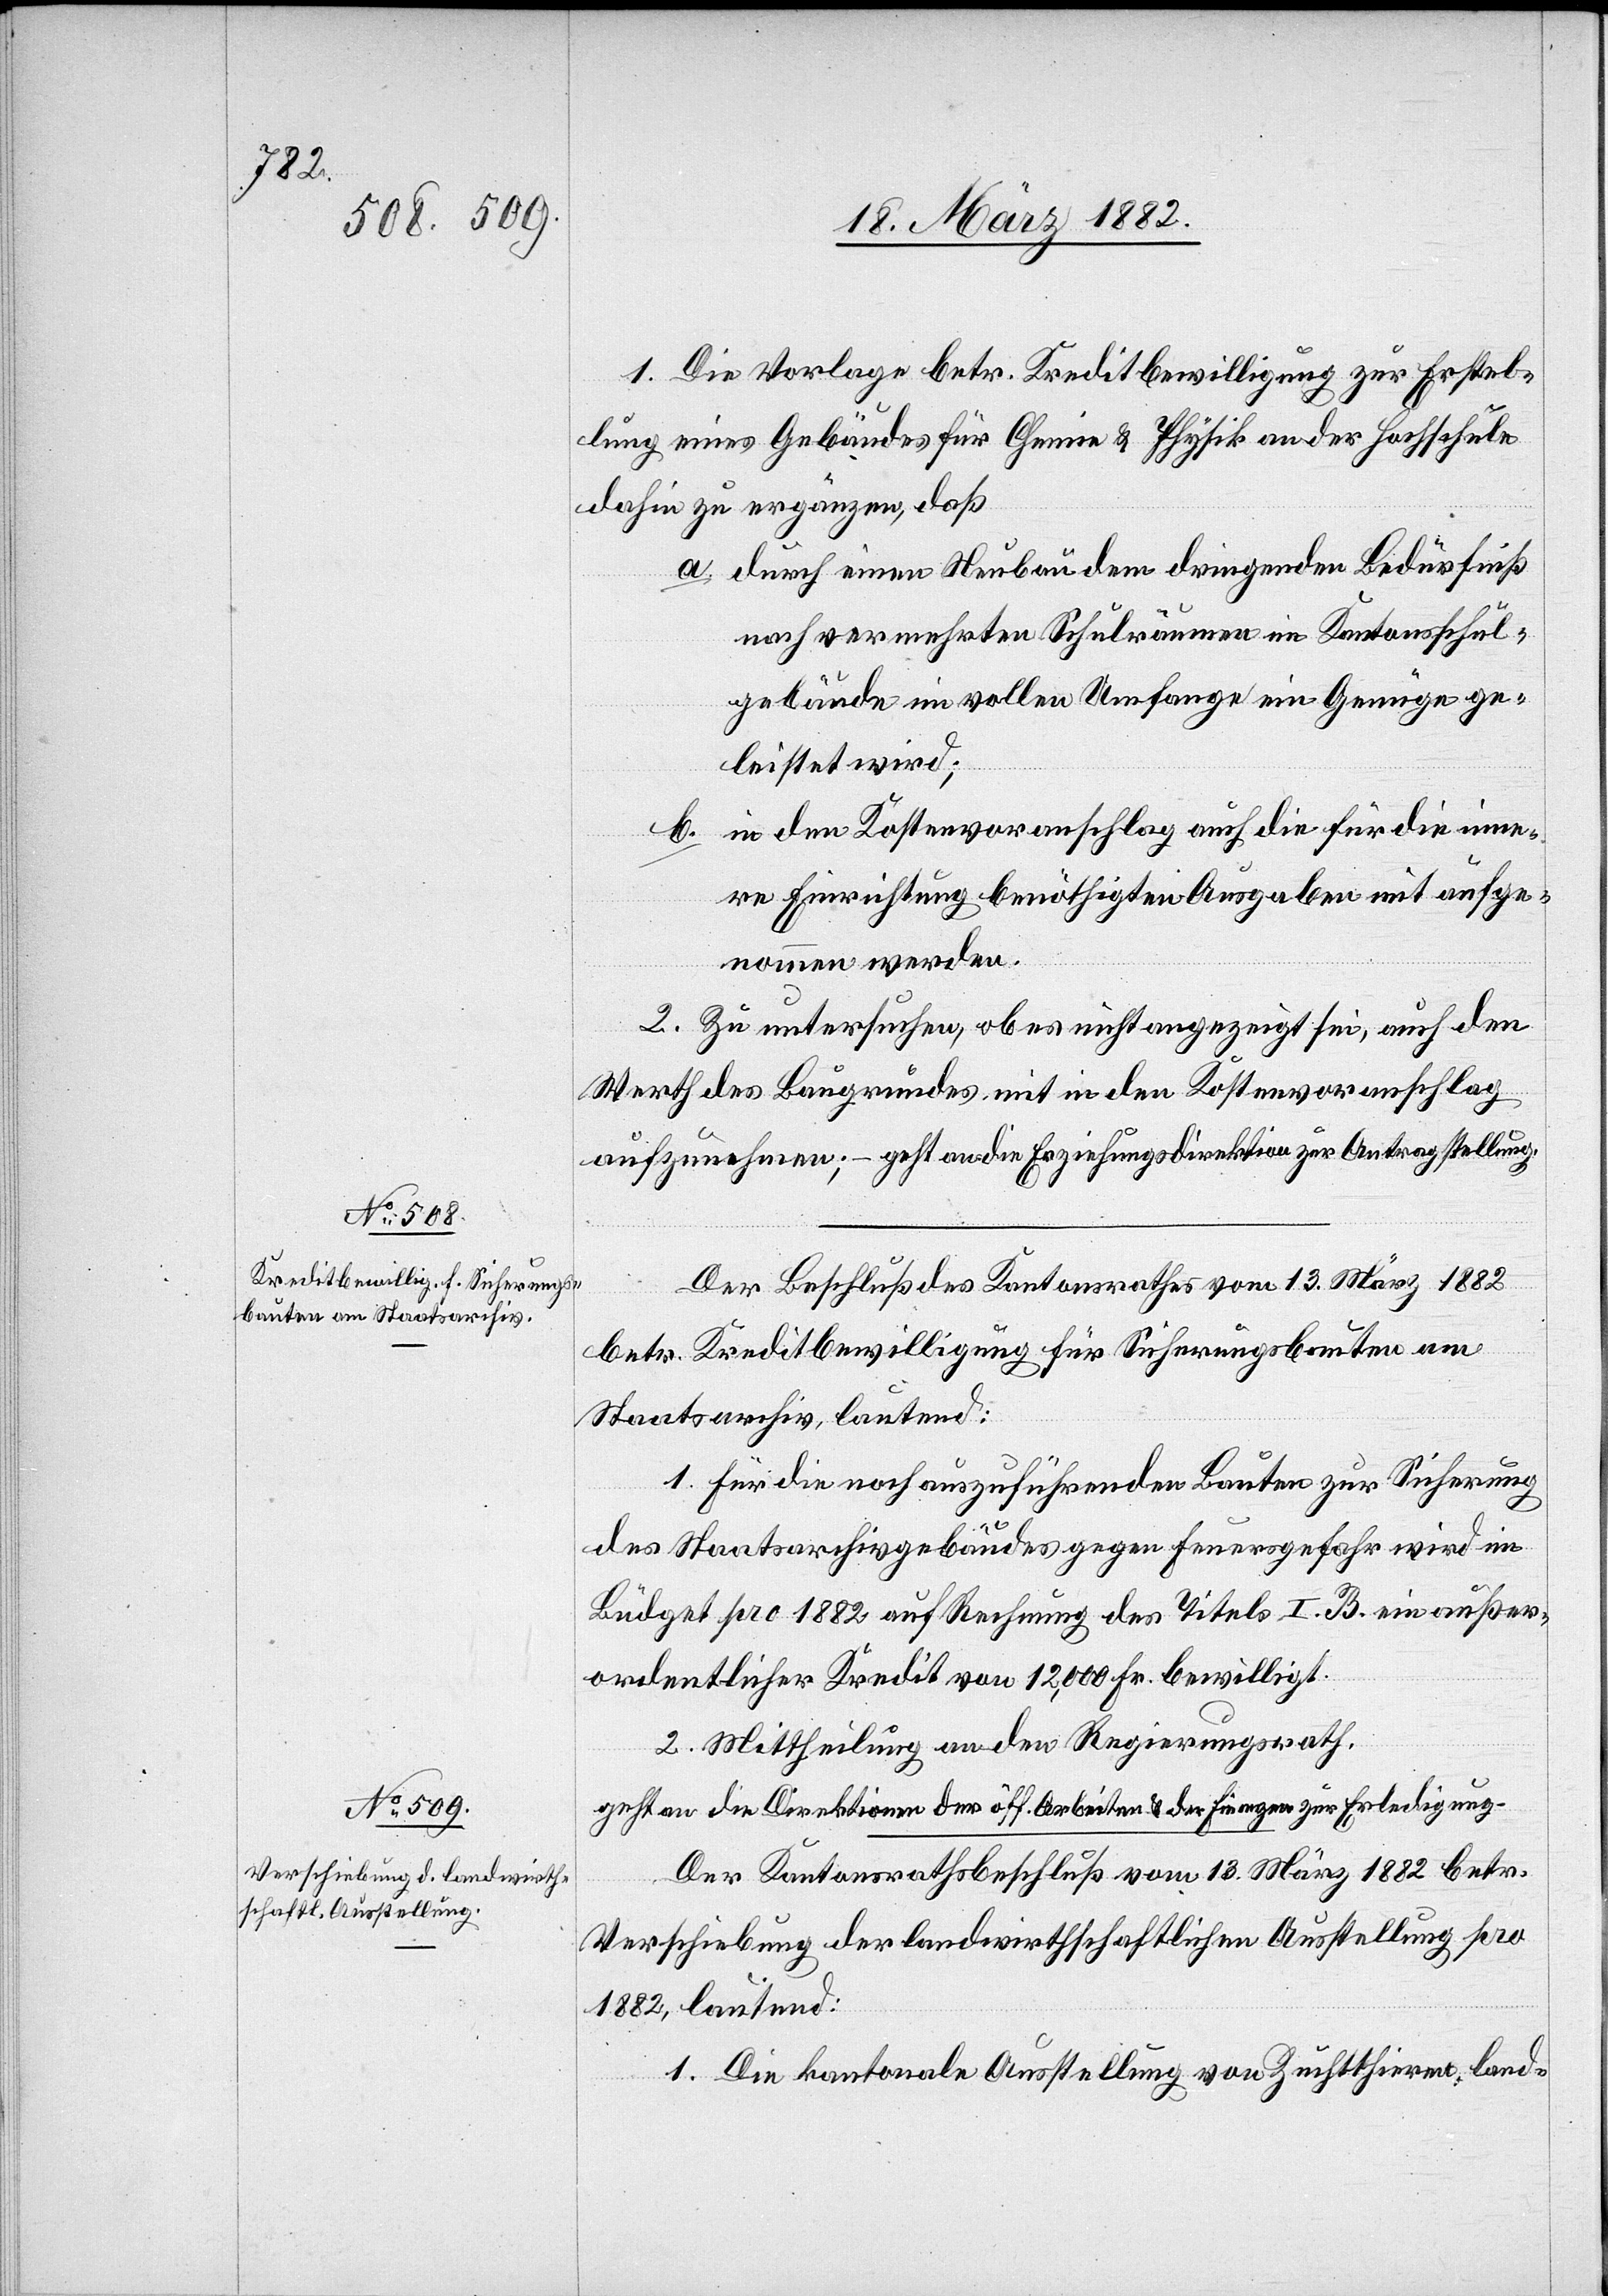
1. Die Vorlage betr. Kreditbewilligung zur Erstel¬
lung eines Gebäudes für Chemie & Physik an der Hochschule
dahin zu ergänzen, daß
a. durch einen Neubau dem dringenden Bedürfniß
nach vermehrten Schulräumen im Kantonsschul¬
gebäude im vollen Umfange ein Genüge ge¬
leistet wird;
b. in dem Kostenvoranschlag auch die für die inne¬
re Einrichtung benöthigten Ausgaben mit aufge¬
nommen werden.
2. Zu untersuchen, ob es nicht angezeigt sei, auch den
Werth des Baugrundes mit in den Kostenvoranschlag
aufzunehmen; –geht an die Erziehungsdirektion zur Antragstellung.
Der Beschluß des Kantonsrathes vom 13. März 1882
betr. Kreditbewilligung für Sicherungsbauten am
Staatsarchiv, lautend:
1. Für die noch auszuführenden Bauten zur Sicherung
des Staatsarchivgebäudes gegen Feuergefahr wird im
Büdget 1882 auf Rechnung des Titels I. B. ein außer¬
ordentlicher Kredit von 12,000 Fr. bewilligt.
2. Mittheilung an den Regierungsrath,
geht an die Direktionen der öff. Arbeiten & der Finanzen zur Erledigung.
Verschiebung der landwirthschaftlichen Ausstellung pro
1882, lautend:
1. Die kantonale Ausstellung von Zuchtthieren, land-